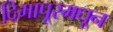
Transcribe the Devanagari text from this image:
दिमापूरमधून